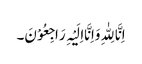
اِنَّا لِلّٰہِ وَاِنَّااِلَیْہِ رَاجِعُوْنَ۔